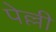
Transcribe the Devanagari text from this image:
पेल्ली